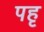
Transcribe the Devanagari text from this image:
पहृ